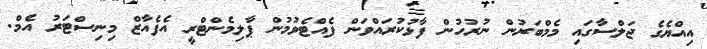
އިއްޔެގެ ޖަލްސާގައި މެމްބަރުން ނުރުހުން ފާޅުކުރައްވަން ފެއްޓެވުމުން ޕާލިމެންޓްރީ އެފެއާޒް މިނިސްޓަރު އެމް.